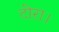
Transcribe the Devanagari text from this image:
टोरा।